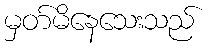
မှတ်မိနေသေးသည်